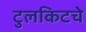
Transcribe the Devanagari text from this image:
टुलकिटचे